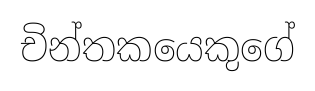
චින්තකයෙකුගේ